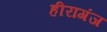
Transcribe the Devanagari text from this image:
हीरागंज